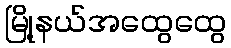
မြို့နယ်အထွေထွေ